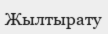
Жылтырату